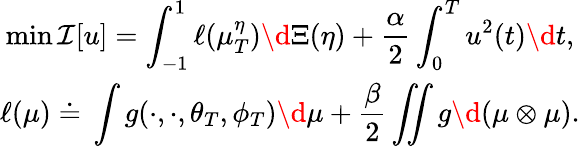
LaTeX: \begin{array}{c}{\displaystyle\operatorname*{min}\mathcal I[u]=\int_{-1}^{1}\ell(\mu_{T}^{\eta})\d\Xi(\eta)+\frac{\alpha}{2}\int_{0}^{T}u^{2}(t)\d t,}\\ {\ell(\mu)\doteq\, \displaystyle\int g(\cdot,\cdot,\theta_{T},\phi_{T})\d\mu+\frac{\beta}{2}\iint g\d(\mu\otimes\mu).}\end{array}